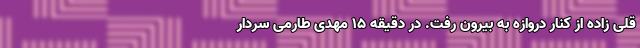
قلی زاده از کنار دروازه به بیرون رفت. در دقیقه ۱۵ مهدی طارمی سردار